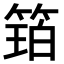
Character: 𮅩